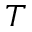
T